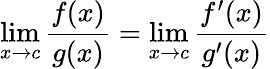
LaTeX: \operatorname*{lim}_{x\to c}{\frac{f(x)}{g(x)}}=\operatorname*{lim}_{x\to c}{\frac{f^{\prime}(x)}{g^{\prime}(x)}}